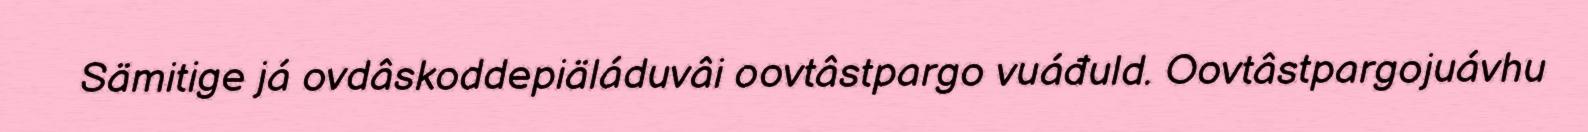
Sämitige já ovdâskoddepiäláduvâi oovtâstpargo vuáđuld. Oovtâstpargojuávhu